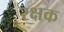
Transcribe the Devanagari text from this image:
रक्षक